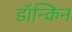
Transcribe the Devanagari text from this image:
डॉन्किन